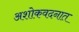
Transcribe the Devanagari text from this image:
अशोकवदनात